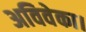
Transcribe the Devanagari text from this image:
अविवेका।